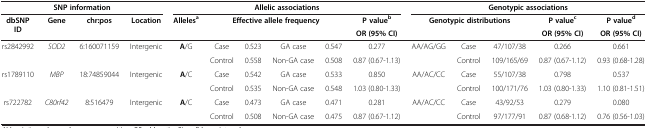
<table><thead><tr><td colspan="4"><b>SNP information</b></td><td colspan="6"><b>Allelic associations</b></td><td colspan="5"><b>Genotypic associations</b></td></tr><tr><td><b>dbSNP ID</b></td><td><b>Gene</b></td><td><b>chr:pos</b></td><td><b>Location</b></td><td><b>Alleles<sup>a</sup></b></td><td colspan="4"><b>Effective allele frequency</b></td><td><b>P value<sup>b</sup></b></td><td colspan="3"><b>Genotypic distributions</b></td><td><b>P value<sup>c</sup></b></td><td><b>P value<sup>d</sup></b></td></tr><tr><td><b> </b></td><td><b> </b></td><td><b> </b></td><td><b> </b></td><td><b> </b></td><td><b> </b></td><td><b> </b></td><td><b> </b></td><td><b> </b></td><td><b>OR (95% CI)</b></td><td><b> </b></td><td><b> </b></td><td><b> </b></td><td><b>OR (95% CI)</b></td><td><b>OR (95% CI)</b></td></tr></thead><tbody><tr><td>rs2842992</td><td><i>SOD2</i></td><td>6:160071159</td><td>Intergenic</td><td><b>A</b>/G</td><td>Case</td><td>0.523</td><td>GA case</td><td>0.547</td><td>0.277</td><td>AA/AG/GG</td><td>Case</td><td>47/107/38</td><td>0.266</td><td>0.661</td></tr><tr><td> </td><td> </td><td> </td><td> </td><td> </td><td>Control</td><td>0.558</td><td>Non-GA case</td><td>0.508</td><td>0.87 (0.67-1.13)</td><td> </td><td>Control</td><td>109/165/69</td><td>0.87 (0.67-1.12)</td><td>0.93 (0.68-1.28)</td></tr><tr><td>rs1789110</td><td><i>MBP</i></td><td>18:74859044</td><td>Intergenic</td><td><b>A</b>/C</td><td>Case</td><td>0.542</td><td>GA case</td><td>0.533</td><td>0.850</td><td>AA/AC/CC</td><td>Case</td><td>55/107/38</td><td>0.798</td><td>0.537</td></tr><tr><td> </td><td> </td><td> </td><td> </td><td> </td><td>Control</td><td>0.535</td><td>Non-GA case</td><td>0.548</td><td>1.03 (0.80-1.33)</td><td> </td><td>Control</td><td>100/171/76</td><td>1.03 (0.80-1.33)</td><td>1.10 (0.81-1.51)</td></tr><tr><td>rs722782</td><td><i>C80rf42</i></td><td>8:516479</td><td>Intergenic</td><td><b>A</b>/C</td><td>Case</td><td>0.473</td><td>GA case</td><td>0.471</td><td>0.281</td><td>AA/AC/CC</td><td>Case</td><td>43/92/53</td><td>0.279</td><td>0.080</td></tr><tr><td> </td><td> </td><td> </td><td> </td><td> </td><td>Control</td><td>0.508</td><td>Non-GA case</td><td>0.475</td><td>0.87 (0.67-1.12)</td><td> </td><td>Control</td><td>97/177/91</td><td>0.87 (0.68-1.12)</td><td>0.76 (0.56-1.03)</td></tr></tbody></table>